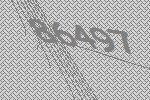
86497